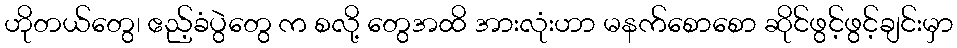
ဟိုတယ်တွေ၊ ဧည့်ခံပွဲတွေ က စလို့ တွေအထိ အားလုံးဟာ မနက်စောစော ဆိုင်ဖွင့်ဖွင့်ချင်းမှာ